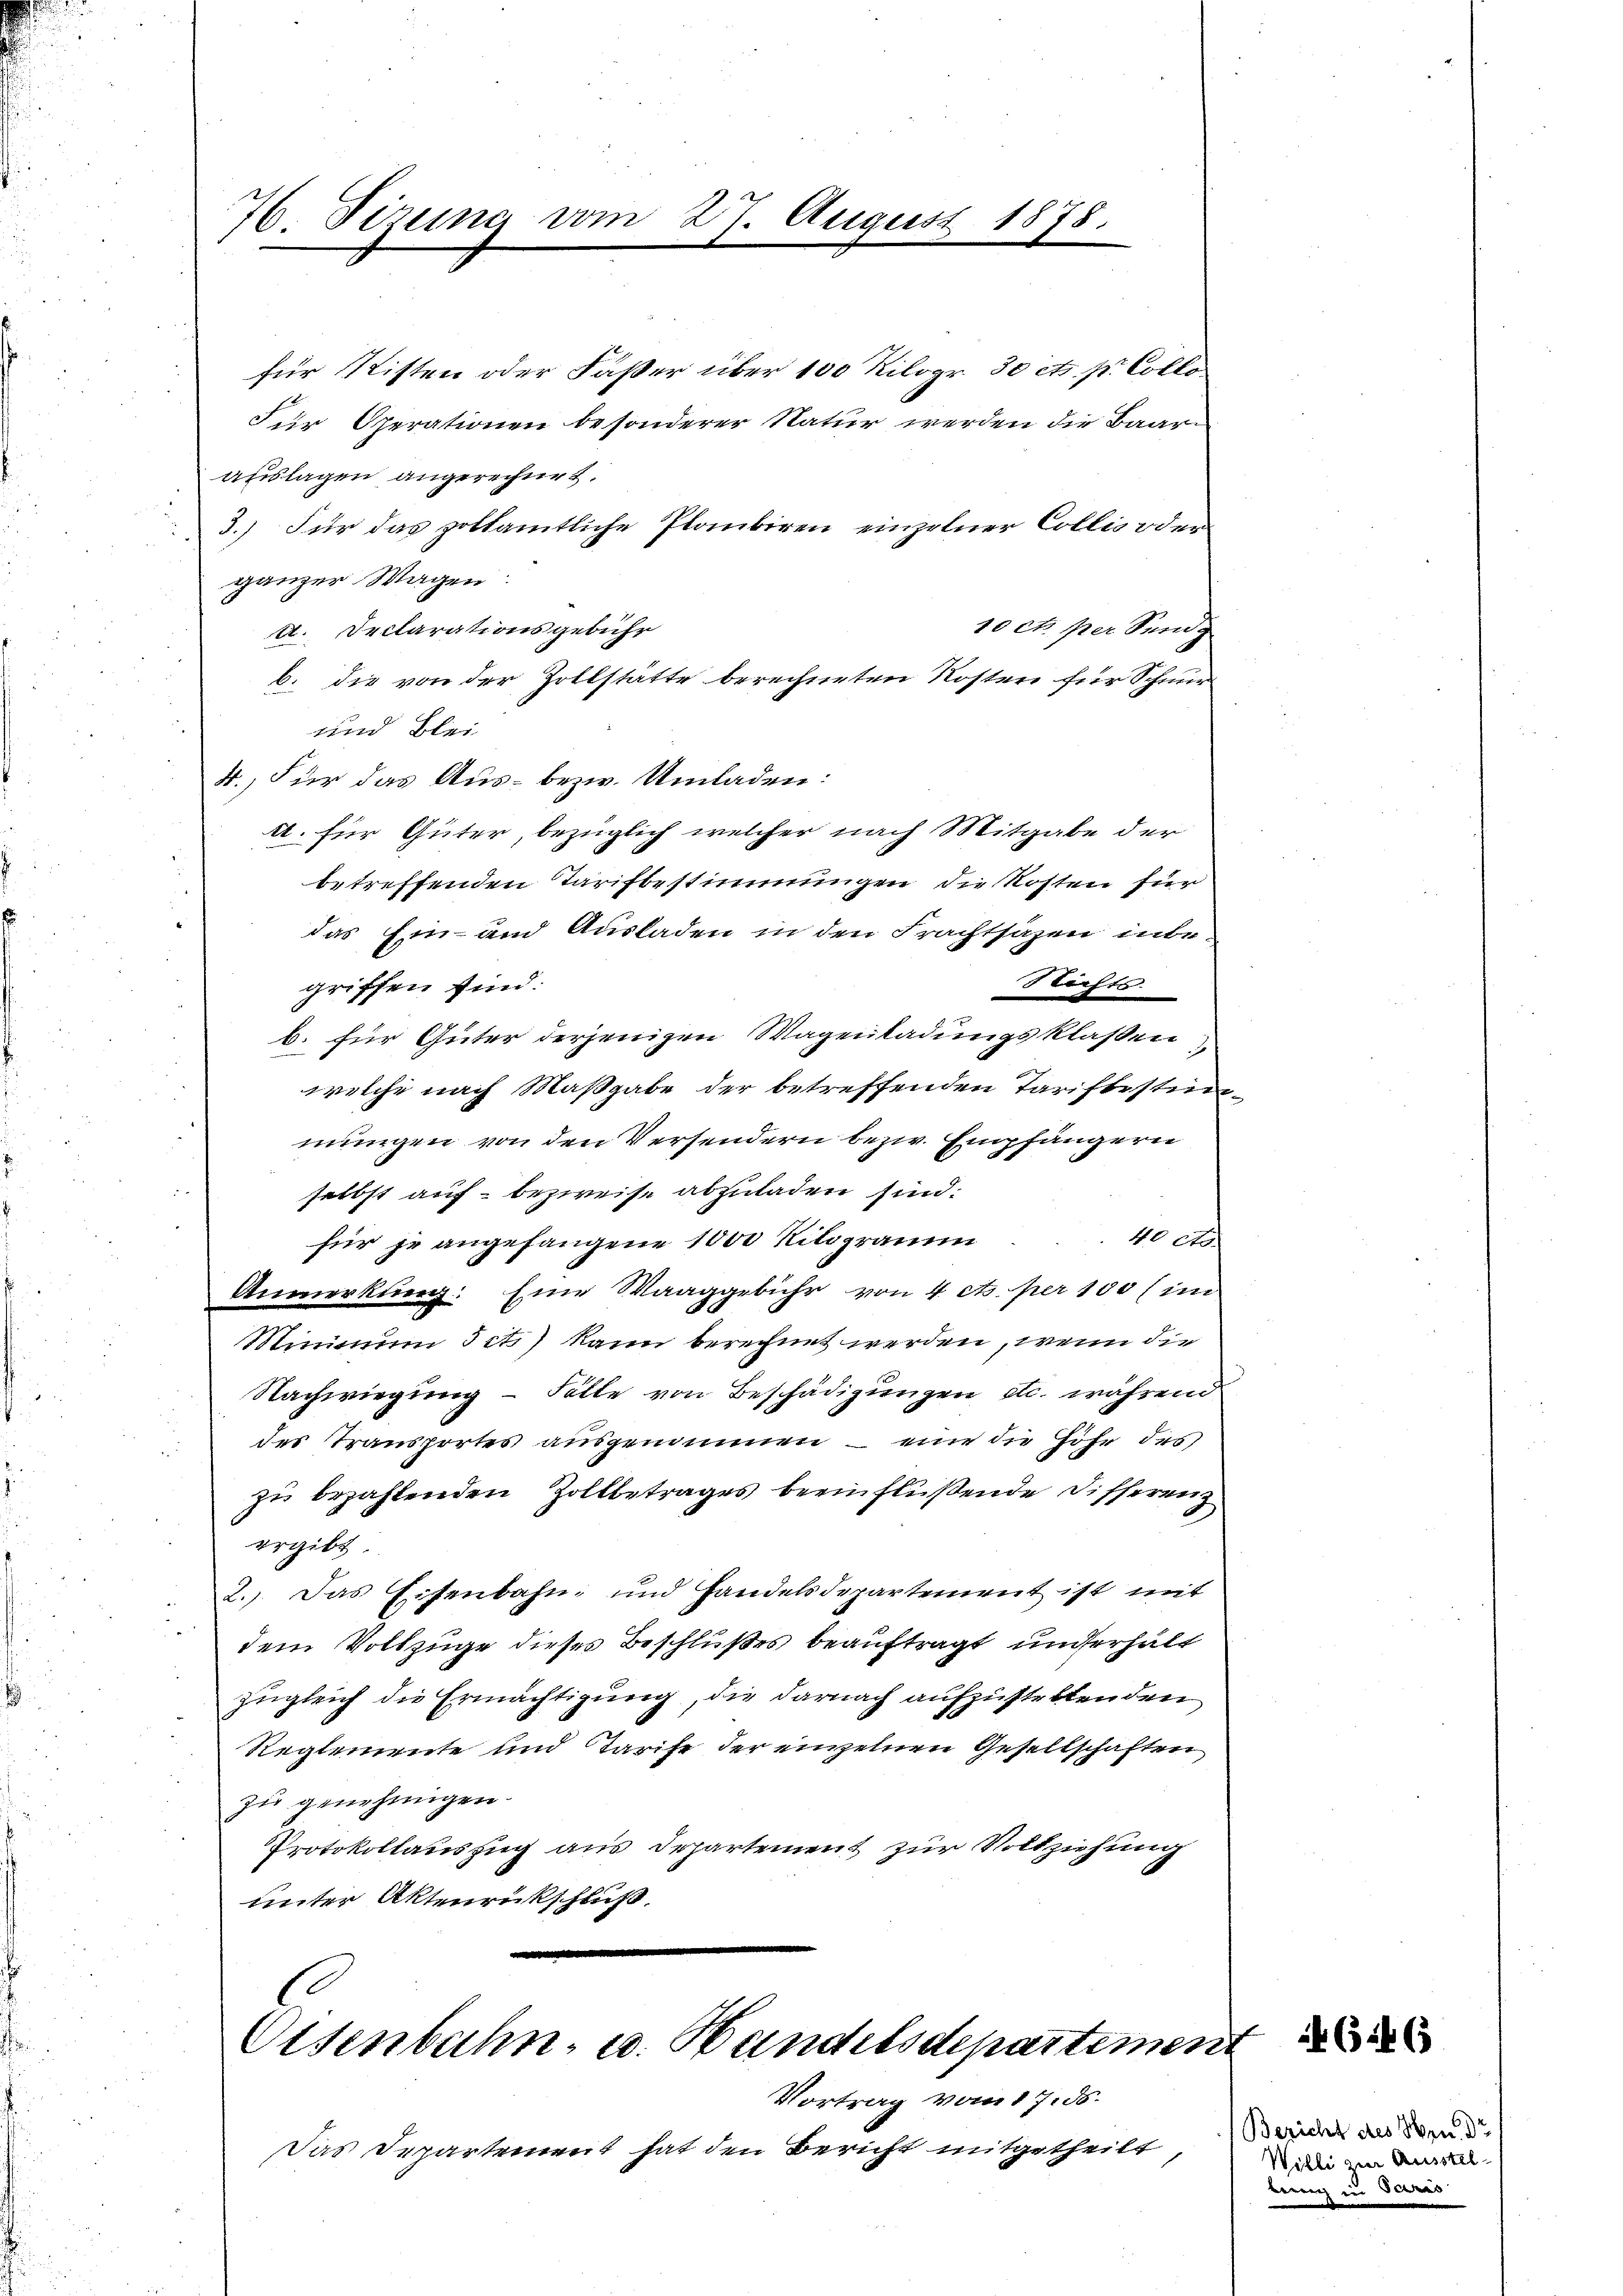
76. Sizung vom 27. August 1878.

für Ritten oder Faser über 100 Kilogr. 30 cts. pr. Collo
Für Operationen besonderer Natur werden die Baarauslagen angerechnet.
3.) Für das soltamtliche Planbiren einzelner Collis oder
ganzer Wagen:
10 ct. per Sundg
A. Declarationsgebühr
b. die von der Zollstätte berechneten Kosten für Schnur
und Blei
4.) Für das Aus- bezw. Umladen:
A. für Güter, bezüglich welcher nach Mitgabe der
betreffenden Tarifbestimmungen die Kosten für
das Ein- und Ausladen in den Frachtsäzen inbe¬
Richte
griffen sind.
b. für Güter derjenigen Wagenladungsklassen,
welche nach Maßgabe der betreffenden Tariftestinmungen von den Versendern bezw. Empfängern
selbst auf bezweise abzuladen sind:
für je angefangene 1000 Kilogramm ... 40 cts
Anmerkung: Eine Waaggebühr von 4 ets. per 100 (im
Minimum 5 ct) kann berechnet werden, wenn die
Nachwiegung – Fälle von Beschädigungen etc. während
des Transportes ausgenommen – eine die Höhe des
zu bezahlenden Zollbetrages beeinflüßende Differenz
ergibt
2.) Das Eisenbahn, und Handels Departement ist mit
dem Vollzüge dieses Beschlußes beauftragt, und erhält
zugleich die Ermächtigung, die darnach aufzustellenden
Reglemente und Tarife der einzelnen Gesellschaften
zu genehmigen.
Protokollauszug aus Departement zur Vollziehung
unter Aktenrückschluß.

Eisenbahn- u. Handelsdepartemen

Vortrag vom 17. ds.
Das Departement hat den Bericht mitgetheilt

6446

Bericht des Hrn. Dr
Willi zur Ausstel
berung in Beraus